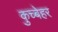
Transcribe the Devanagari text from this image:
कुच्बेहर